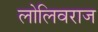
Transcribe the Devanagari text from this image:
लोलिवराज